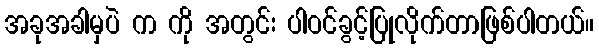
အခုအခါမှပဲ က ကို အတွင်း ပါဝင်ခွင့်ပြုလိုက်တာဖြစ်ပါတယ်။